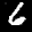
Label: 6